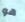
هو